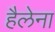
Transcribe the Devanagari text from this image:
हैलेना